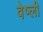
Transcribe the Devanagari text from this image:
वेष्ली